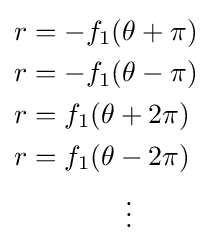
{\begin{aligned}&r=-f_{1}(\theta +\pi )\\&r=-f_{1}(\theta -\pi )\\&r=f_{1}(\theta +2\pi )\\&r=f_{1}(\theta -2\pi )\\&\qquad \qquad \vdots \end{aligned}}